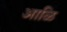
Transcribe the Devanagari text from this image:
आळि